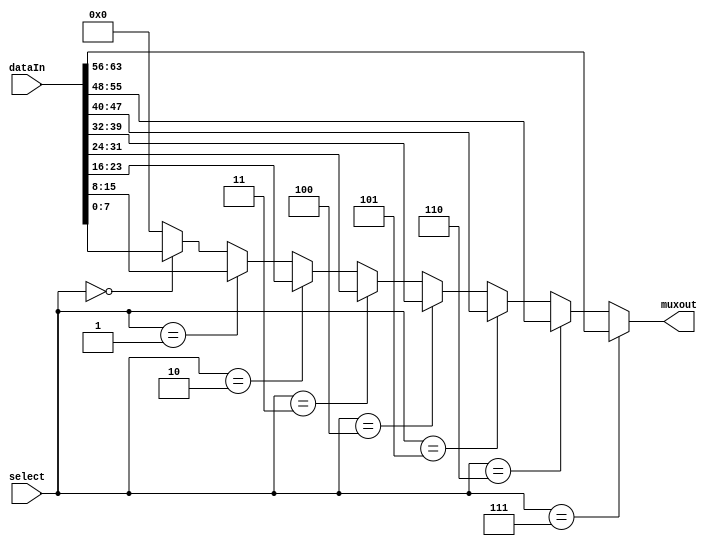
/*
DESCRIPTION

NOTES

TODO

*/

module mux #(
  parameter BIT_WIDTH = 8, //size of the data that goes into each mux input
  parameter DEPTH = 8,     //number of inputs for the mux
  parameter SEL_WIDTH = log2(DEPTH) //number of select lines, you can use functions in your module declarations
)(
  input [BIT_WIDTH*DEPTH -1 :0] dataIn,
  input [SEL_WIDTH - 1:0] select,
  output [BIT_WIDTH - 1:0] muxout
);
/**********
 *  Array Packing Defines
 **********/
//These are preprocessor defines similar to C/C++ preprocessor or VHDL functions
`define PACK_ARRAY(PK_WIDTH,PK_DEPTH,PK_SRC,PK_DEST, BLOCK_ID, GEN_VAR)    genvar GEN_VAR; generate for (GEN_VAR=0; GEN_VAR<(PK_DEPTH); GEN_VAR=GEN_VAR+1) begin: BLOCK_ID assign PK_DEST[((PK_WIDTH)*GEN_VAR+((PK_WIDTH)-1)):((PK_WIDTH)*GEN_VAR)] = PK_SRC[GEN_VAR][((PK_WIDTH)-1):0]; end endgenerate
`define UNPACK_ARRAY(PK_WIDTH,PK_DEPTH,PK_DEST,PK_SRC, BLOCK_ID, GEN_VAR)  genvar GEN_VAR; generate for (GEN_VAR=0; GEN_VAR<(PK_DEPTH); GEN_VAR=GEN_VAR+1) begin: BLOCK_ID assign PK_DEST[GEN_VAR][((PK_WIDTH)-1):0] = PK_SRC[((PK_WIDTH)*GEN_VAR+(PK_WIDTH-1)):((PK_WIDTH)*GEN_VAR)]; end endgenerate

/**********
 * Internal Signals
**********/
function integer log2; //This is a macro function (no hardware created) which finds the log2, returns log2
   input [31:0] val; //input to the function
   integer 	i;
   begin
      log2 = 0;
      for(i = 0; 2**i < val; i = i + 1)
		log2 = i + 1;
   end
endfunction

//array to put in inputs for the mux
wire [BIT_WIDTH -1:0] tmp [DEPTH-1:0];
//output for the mux
reg [BIT_WIDTH-1:0] tmpOut = 0;

//iterators
integer j,k,l;
/**********
 * Glue Logic
 **********/

 `UNPACK_ARRAY(BIT_WIDTH,DEPTH,tmp,dataIn,U_BLK_0,idx_0)
 always @ (select,dataIn) begin
 //this loop goes iterates through the number of inputs for the mux
 tmpOut = 0;
   for(j=0;j < DEPTH; j=j+1) begin
		//if the select line corresponds to the value at the iterator, the input at that depth is pass through the output
      if(select[log2(DEPTH)-1:0] == j) begin //compares the select input but only for the max bits for a given depth
			 tmpOut = 0;
          //this selects the column/mux input line specified by the select and puts that in a register
          tmpOut = tmp[j][BIT_WIDTH-1:0];
      end
   end
 end
/**********
 * Synchronous Logic
 **********/
/**********
 * Glue Logic
 **********/
/**********
 * Components
 **********/
/**********
 * Output Combinatorial Logic
 **********/
//generate
  assign muxout = tmpOut;
//endgenerate
endmodule